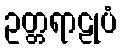
ဥတ္တရာဠုပံ